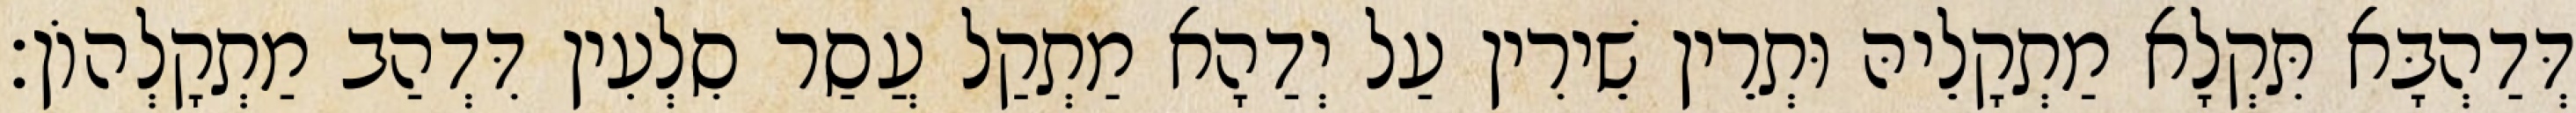
דְּדַהְבָּא תִּקְלָא מַתְקָלֵיהּ וּתְרֵין שֵׁירִין עַל יְדַהָא מַתְקַל עֲסַר סִלְעִין דִּדְהַב מַתְקָלְהוֹן׃